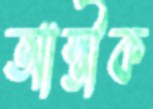
আস্তীক